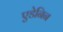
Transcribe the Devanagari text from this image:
एडेनिन